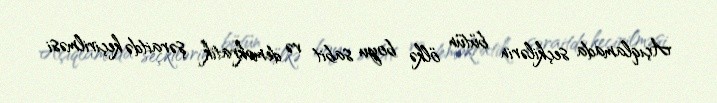
Açıqlamada seçkilərin bütün ölkə boyu sabit və demokratik şəraitdə keçirilməsi